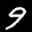
Label: 9